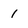
Character: 1